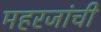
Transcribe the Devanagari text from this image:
महरजांची